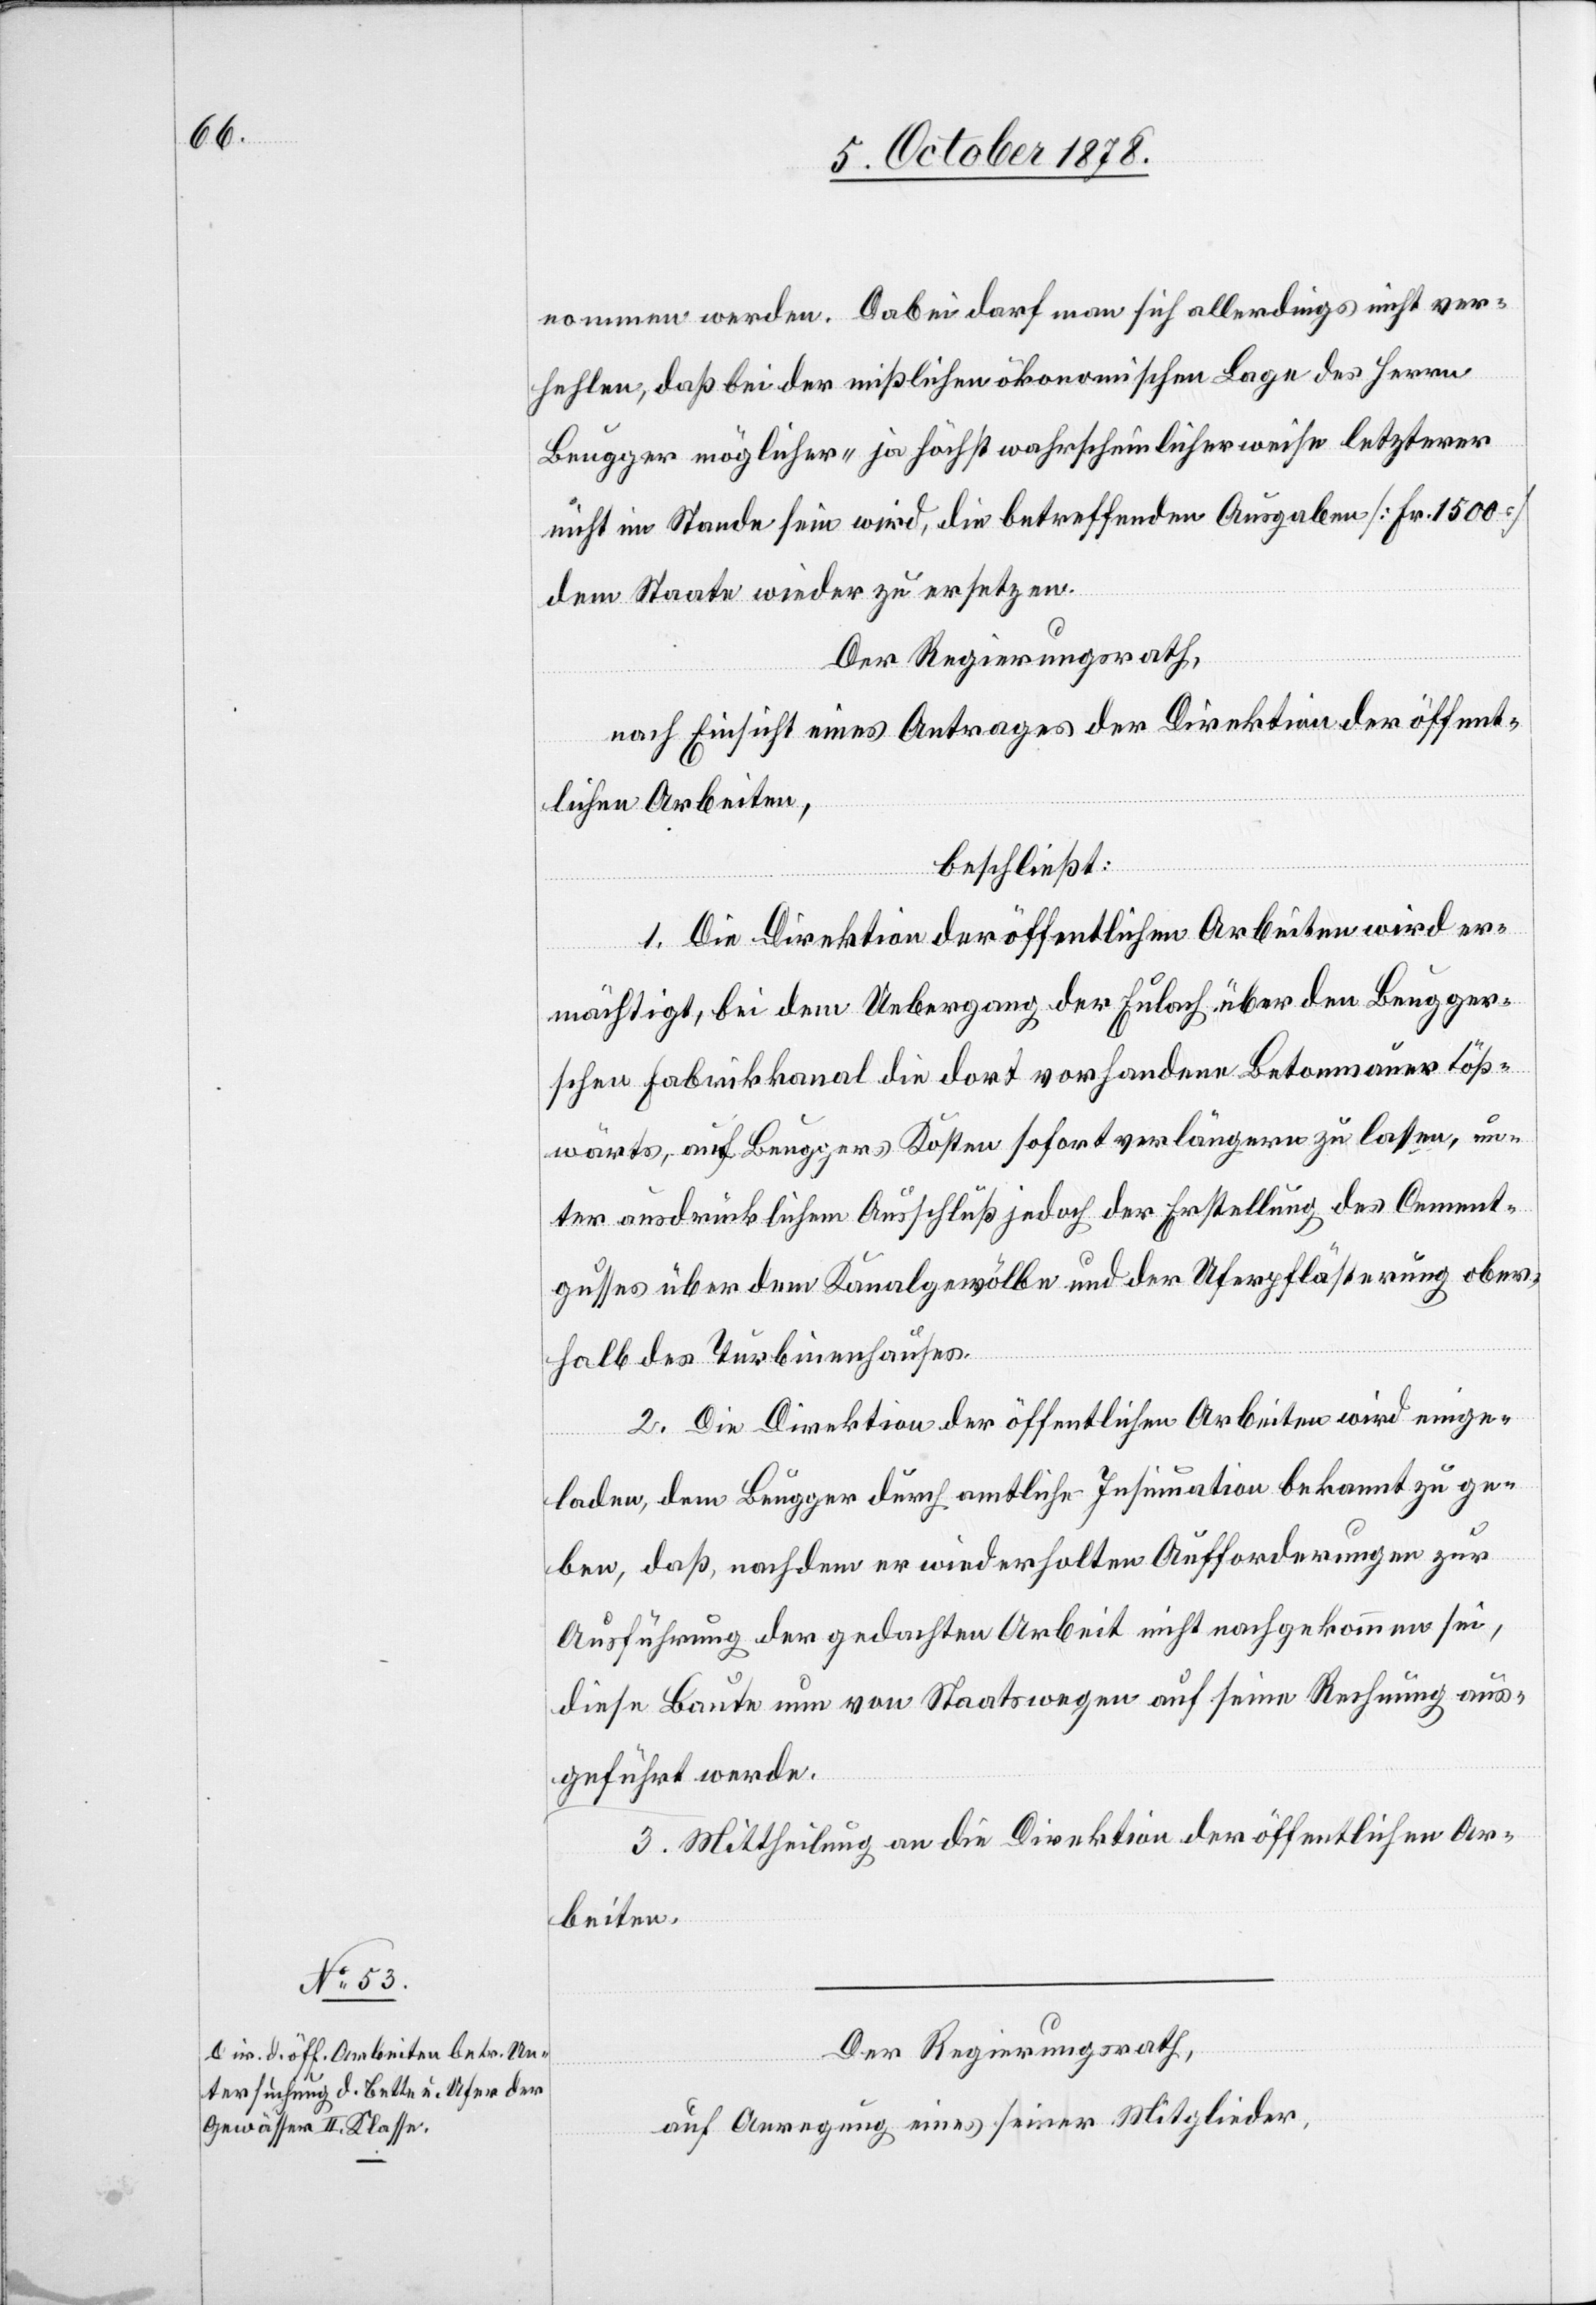
nommen werden. Dabei darf man sich allerdings nicht ver¬
hehlen, daß bei der misslichen ökonomischen Lage des Herrn
Beugger möglicher- ja höchst wahrscheinlicherweise letzterer
nicht im Stande sein wird, die betreffenden Ausgaben [Fr. 1500]
dem Staate wieder zu ersetzen.
Der Regierungsrath,
nach Einsicht eines Antrages der Direktion der öffent¬
lichen Arbeiten,
beschließt:
1. Die Direktion der öffentlichen Arbeiten wird er¬
mächtigt, bei dem Uebergang der Eulach über den Beugger¬
schen Fabrikkanal die dort vorhandene Betonmauer töß¬
wärts, auf Beuggers Kosten sofort verlängern zu lassen, un¬
ter ausdrücklichem Ausschluß jedoch der Erstellung des Cement¬
gusses über dem Kanalgewölbe und der Uferpflästerung ober¬
halb des Turbinenhauses.
2. Die Direktion der öffentlichen Arbeiten wird einge¬
laden, dem Beugger durch amtliche Insinuation bekannt zu ge¬
ben, daß, nachdem er wiederholten Aufforderungen zur
Ausführung der gedachten Arbeit nicht nachgekommen sei,
diese Baute nun von Staatswegen auf seine Rechnung aus¬
geführt werde.
3. Mittheilung an die Direktion der öffentlichen Ar¬
beiten.
Der Regierungsrath,
auf Anregung eines seiner Mitglieder,